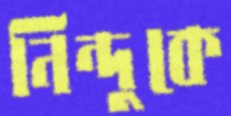
নিন্দুকে